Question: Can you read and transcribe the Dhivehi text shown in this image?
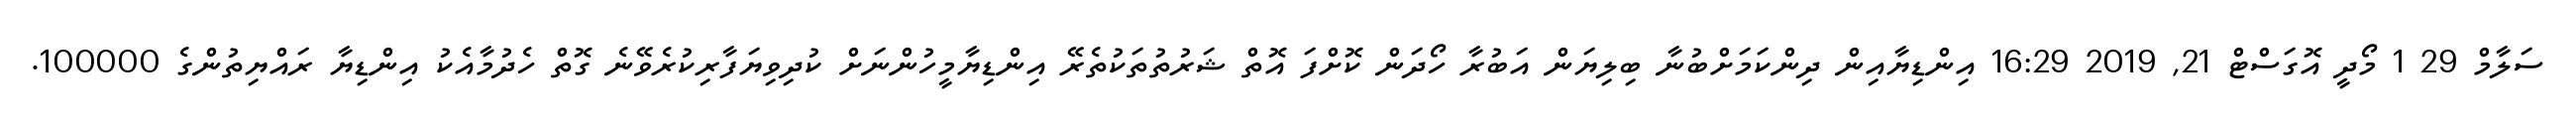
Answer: ސަލާމް 29 1 މޯދީ އޮގަސްޓް 21, 2019 16:29 އިންޑިޔާއިން ދިންކަމަށްބުނާ ބިލިޔަން އަބުރާ ހޯދަން ކޮށްފަ އޮތް ޝަރުތުތަކުތެރޭ އިންޑިޔާމީހުންނަށް ކުދިވިޔަފާރިކުރެވޭނެ ގޮތް ހެދުމާއެކު އިންޑިޔާ ރައްޔިތުންގެ 100000.